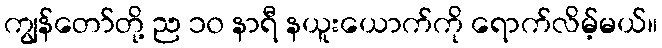
ကျွန်တော်တို့ ည ၁၀ နာရီ နယူးယောက်ကို ရောက်လိမ့်မယ်။